Civil Veterinary Department. United Provinces 1932-42 - 1932-1942
Year: 1932
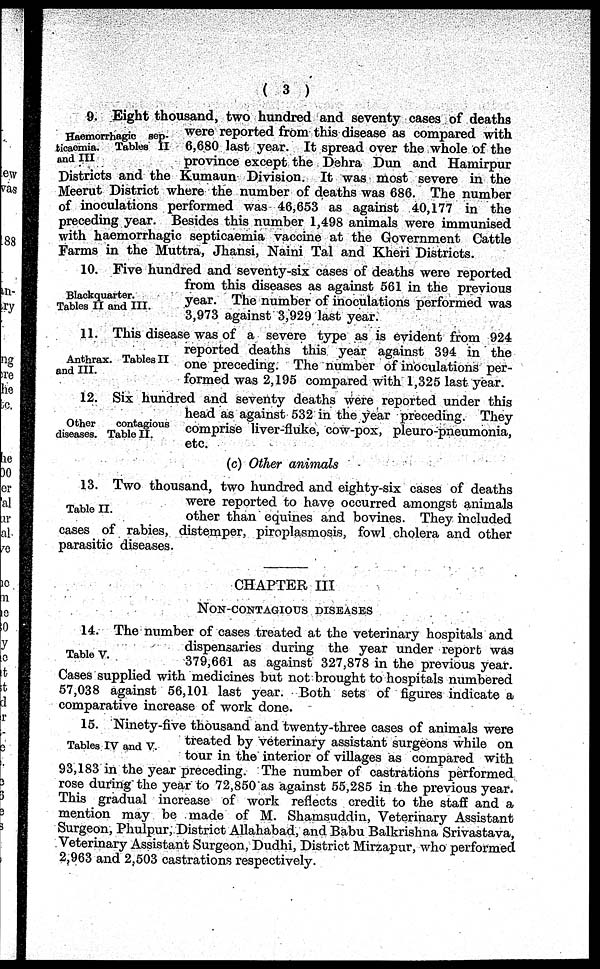
( 3 )
Haemorrhagic sep-
ticaemia. Tables II
and III
9. Eight thousand, two hundred and seventy cases of deaths
were reported from this disease as compared with
6,680 last year. It spread over the whole of the
province except the Dehra Dun and Hamirpur
Districts and the Kumaun Division. It was most severe in the
Meerut District where the number of deaths was 686. The number
of inoculations performed was 46,653 as against 40,177 in the
preceding year. Besides this number 1,498 animals were immunised
with haemorrhagic septicaemia vaccine at the Government Cattle
Farms in the Muttra, Jhansi, Naini Tal and Kheri Districts.
Blackquarter.
Tables II and III.
10. Five hundred and seventy-six cases of deaths were reported
from this diseases as against 561 in the previous
year. The number of inoculations performed was
3,973 against 3,929 last year.
Anthrax. Tables II
and III.
11. This disease was of a severe type as is evident from 924
reported deaths this year against 394 in the
one preceding. The number of inoculations per-
formed was 2,195 compared with 1,325 last year.
Other
contagious
diseases. Table II.
12. Six hundred and seventy deaths were reported under this
head as against 532 in the year preceding. They
comprise liver-fluke, cow-pox, pleuro-pneumonia,
etc.
(c) Other animals
Table II.
13. Two thousand, two hundred and eighty-six cases of deaths
were reported to have occurred amongst animals
other than equines and bovines. They included
cases of rabies, distemper, piroplasmosis, fowl cholera and other
parasitic diseases.
CHAPTER III
NON-CONTAGIOUS
DISEASES
Table V.
14. The number of cases treated at the veterinary hospitals and
dispensaries during the year under report was
379,661 as against 327,878 in the previous year.
Cases supplied with medicines but not brought to hospitals numbered
57,038 against 56,101 last year. Both sets of figures indicate a
comparative increase of work done.
Tables IV and V.
15. Ninety-five thousand and twenty-three cases of animals were
treated by veterinary assistant surgeons while on
tour in the interior of villages as compared with
93,183 in the year preceding. The number of castrations performed
rose during the year to 72,850 as against 55,285 in the previous year.
This gradual increase of work reflects credit to the staff and a
mention may be made of M. Shamsuddin, Veterinary Assistant
Surgeon, Phulpur, District Allahabad, and Babu Balkrishna Srivastava,
Veterinary Assistant Surgeon, Dudhi, District Mirzapur, who performed
2,963 and 2,503 castrations respectively.